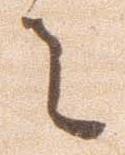
者